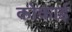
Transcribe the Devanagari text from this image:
कोकाई